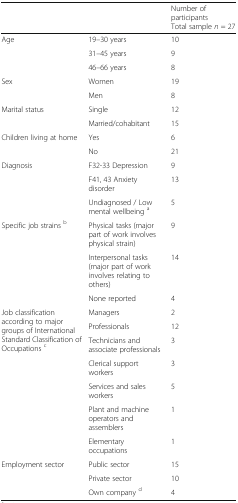
<table><thead><tr><td></td><td></td><td><b>Number of participantsTotal sample <i>n</i> = 27</b></td></tr></thead><tbody><tr><td rowspan="3">Age</td><td>19–30 years</td><td>10</td></tr><tr><td>31–45 years</td><td>9</td></tr><tr><td>46–66 years</td><td>8</td></tr><tr><td rowspan="2">Sex</td><td>Women</td><td>19</td></tr><tr><td>Men</td><td>8</td></tr><tr><td rowspan="2">Marital status</td><td>Single</td><td>12</td></tr><tr><td>Married/cohabitant</td><td>15</td></tr><tr><td rowspan="2">Children living at home</td><td>Yes</td><td>6</td></tr><tr><td>No</td><td>21</td></tr><tr><td rowspan="3">Diagnosis</td><td>F32-33 Depression</td><td>9</td></tr><tr><td>F41, 43 Anxiety disorder</td><td>13</td></tr><tr><td>Undiagnosed / Low mental wellbeing <sup>a</sup></td><td>5</td></tr><tr><td rowspan="3">Specific job strains <sup>b</sup></td><td>Physical tasks (major part of work involves physical strain)</td><td>9</td></tr><tr><td>Interpersonal tasks (major part of work involves relating to others)</td><td>14</td></tr><tr><td>None reported</td><td>4</td></tr><tr><td rowspan="7">Job classification according to major groups of International Standard Classification of Occupations <sup>c</sup></td><td>Managers</td><td>2</td></tr><tr><td>Professionals</td><td>12</td></tr><tr><td>Technicians and associate professionals</td><td>3</td></tr><tr><td>Clerical support workers</td><td>3</td></tr><tr><td>Services and sales workers</td><td>5</td></tr><tr><td>Plant and machine operators and assemblers</td><td>1</td></tr><tr><td>Elementary occupations</td><td>1</td></tr><tr><td rowspan="3">Employment sector</td><td>Public sector</td><td>15</td></tr><tr><td>Private sector</td><td>10</td></tr><tr><td>Own company <sup>d</sup></td><td>4</td></tr></tbody></table>